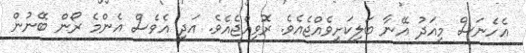
އެހެނަސް މިއަދު އޭނާ ބަލިކަށިވެއްޖެއެވެ. ރޮވިއްޖެއެވެ. އަދި އެވެސް އެންމެ ރޯން ބޭނުން